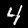
Digit: 4